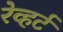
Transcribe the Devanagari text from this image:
रेव्हर्ट